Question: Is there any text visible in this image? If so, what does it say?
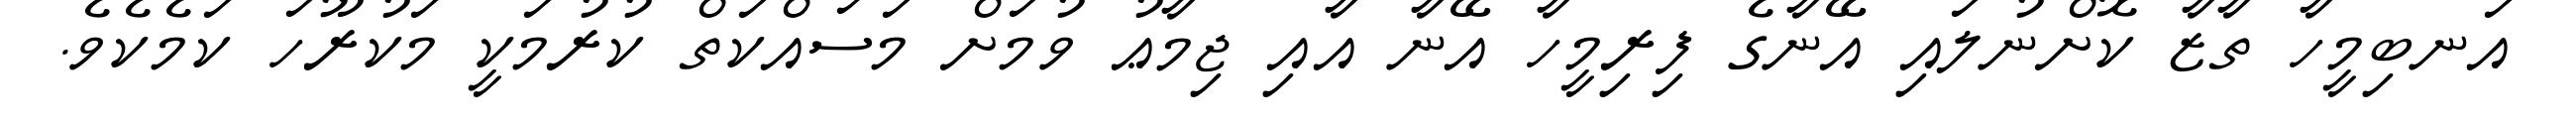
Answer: އަނބިމީހާ ތާޒާ ކޮށްނުލައި އޭނާގެ ފިރިމީހާ އޭނާ އާއި ޖިމާޢު ވުމަށް މަސައްކަތް ކުރުމަކީ މަކުރޫހަ ކަމެކެވެ.